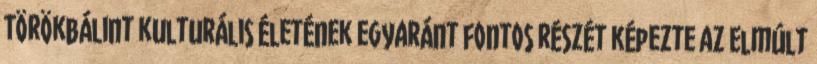
Törökbálint kulturális életének egyaránt fontos részét képezte az elmúlt